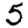
Digit: 5